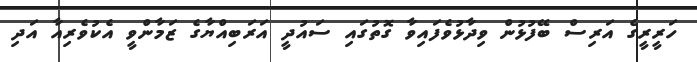
ހަރީރީގެ އަރިސް ބޭފުޅުން ވިދާޅުވެފައިވާ ގޮތުގައި ސައުދީ އަރަބިއްޔާގެ ޒަމާންވީ އެކުވެރިއާ އަދި